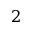
2